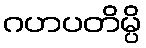
ဂဟပတိမ္ပိ